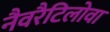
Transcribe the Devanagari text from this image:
नैवरैटिलोवा